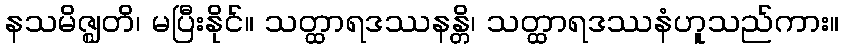
နသမိဇ္ဈတိ၊ မပြီးနိုင်။ သတ္ထာရဒဿနန္တိ၊ သတ္ထာရဒဿနံဟူသည်ကား။